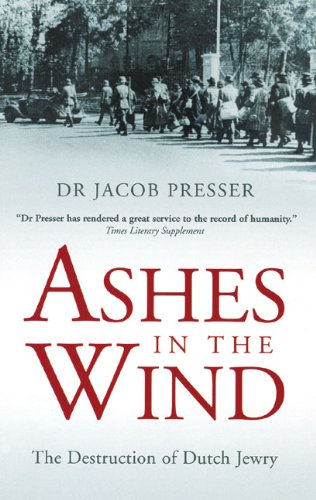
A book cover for Ashes in the Wind: The Destruction of Dutch Jewry; Dr. Jacob Presser; History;